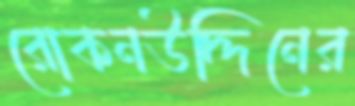
রোকনউদ্দিনের